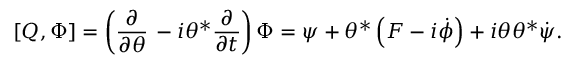
\left[ Q , \Phi \right] = \left( { \frac { \partial } { \partial \theta } } \, - i \theta ^ { * } { \frac { \partial } { \partial t } } \right) \Phi = \psi + \theta ^ { * } \left( F - i { \dot { \phi } } \right) + i \theta \theta ^ { * } { \dot { \psi } } .